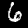
Digit: 6